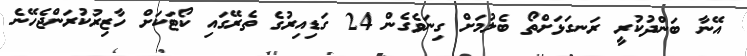
އޭނާ ބަންދުކުރީ ރަނގަޅަށްތޯ ބެލުމަށް ގިނަވެގެން 24 ގަޑިއިރުގެ ތެރޭގައި ކޯޓަކަށް ހާޒިރުކުރަންޖެހޭނެ